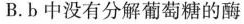
B.b中没有分解葡萄糖的酶